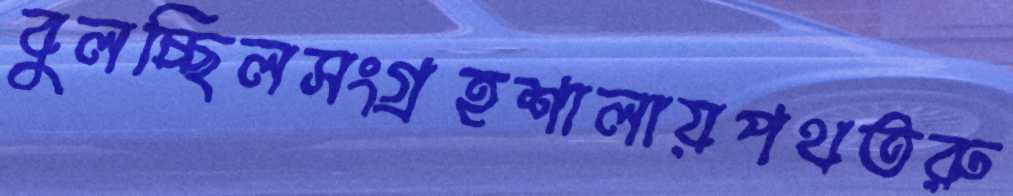
বুলচ্ছিলসংগ্রহশালায়পথতরু